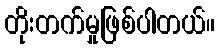
တိုးတက်မှုဖြစ်ပါတယ်။